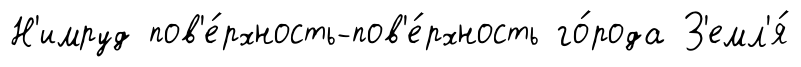
Н'имруд пов'е́рхность-пов'е́рхность го́рода З'емл'я́